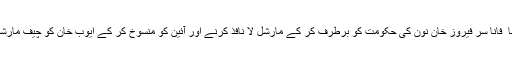
اسی منصوبہ کے تحت اسکندر مرزا نے آنا ً فاناً سر فیروز خان نون کی حکومت کو برطرف کر کے مارشل لا نافذ کرنے اور آئین کو منسوخ کر کے ایوب خان کو چیف مارشل لا ایڈمنسٹریٹر مقرر کرنے کا اعلان کیا۔